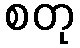
စတု